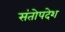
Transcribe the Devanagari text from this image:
संतोपदेश